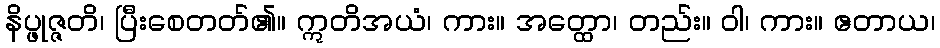
နိပ္ဖုဇ္ဇတိ၊ ပြီးစေတတ်၏။ ဣတိအယံ၊ ကား။ အတ္ထော၊ တည်း။ ဝါ၊ ကား။ ဧတာယ၊